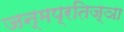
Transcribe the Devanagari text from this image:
जन्मप्रतिज्ञा